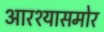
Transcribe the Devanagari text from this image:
आरश्यासमोर